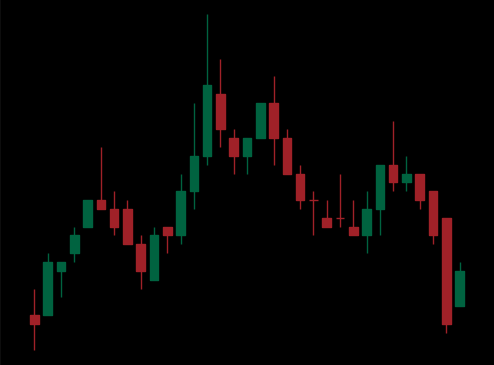
Pattern: head_shoulders